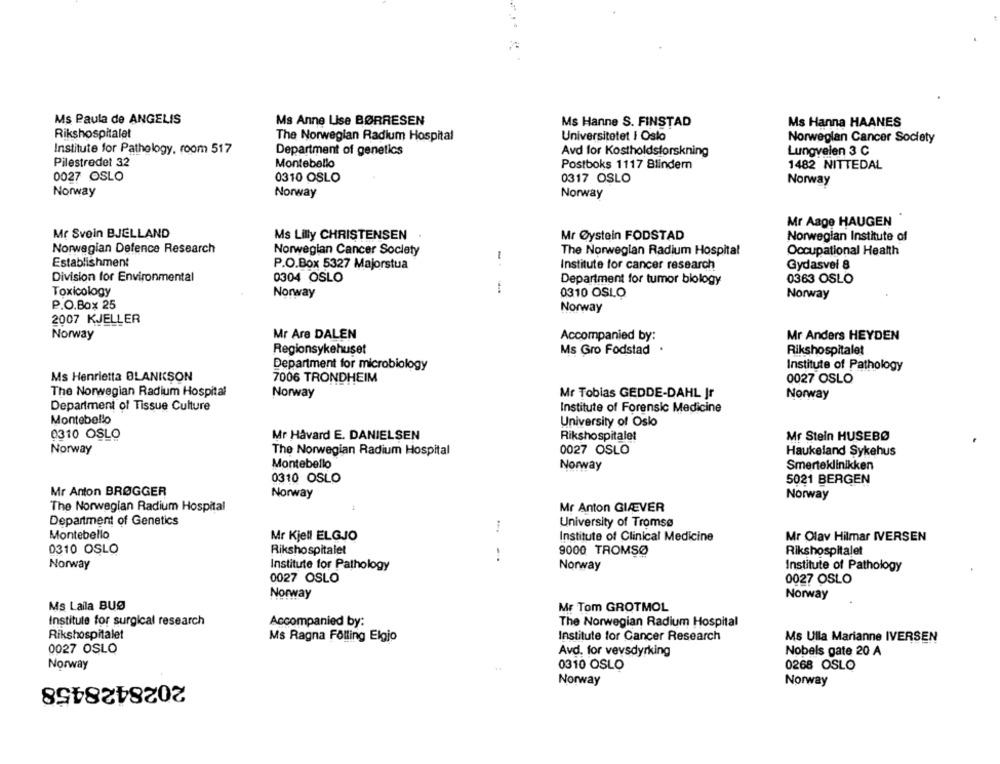
Ms Paula de ANGELIS
Ms Anne Lise BØRRESEN
Ms Hanne S. FINSTAD
Ms Hanna HAANES
Rikshospitalet
The Norwegian Radium Hospital
Universitetet I Oslo
Norwegian Cancer Society
Institute for Pathology, room 517
Department of genetics
Avd for Kostholdsforskning
Lungvelen 3 C
Pilestredet 32
Montebello
Postboks 1117 Blinder
1482 NITTEDAL
0027 OSLO
0310 OSLO
0317 OSLO
Norway
Norway
Norway
Norway
Mr Aage HAUGEN
Mc Svein BJELLAND
Ms Lilly CHRISTENSEN
Mr Øystein FODSTAD
Norwegian Institute of
Norwegian Defence Research
Norwegian Cancer Society
The Norwegian Radium Hospital
Occupational Health
1
Establishmen
P.O.Box 5327 Majorstua
Institute for cancer research
Gydasvel 8
Division for Environmental
0304 OSLO
Department for tumor biology
0363 OSLO
Toxicology
Norway
0310 OSLO
Norway
P.O.Box 25
Norway
2007 KJELLER
Norway
Mr Are DALEN
Mr Anders HEYDEN
Accompanied by:
Regionsykehuset
Ms Gro Fodstad
Rikshospitalet
Department for microbiology
Institute of Pathology
Ms Henrietta BLANKSON
7006 TRONDHEIM
0027 OSLO
The Norwegian Radium Hospital
Norway
Mr Tobias GEDDE-DAHL Jr
Norway
Department of Tissue Culture
Institute of Forensic Medicine
Montebello
University of Oslo
0310 OSLO
Mr Håvard E. DANIELSEN
Rikshospitalet
Mr Stein HUSEBØ
Norway
The Norwegian Radium Hospital
0027 OSLO
Haukeland Sykehus
Montebello
Smerteklinikken
Norway
0310 OSLO
5021 BERGEN
Mr Anton BRØGGER
Norway
Norway
The Norwegian Radium Hospital
Mr Anton GIÆVER
Department of Genetics
University of Tromsø
Montebello
Mr Kjell ELGJO
Institute of Clinical Medicine
Mr Olav Hilmar IVERSEN
Rikshospitalet
9000 TROMSØ
0310 OSLO
Rikshospitalet
Norway
Institute for Pathology
Norway
Institute of Pathology
0027 OSLO
0027 OSLO
Norway
Norway
Ms Laila BUØ
Mr Tom GROTMOL
Institute for surgical research
Accompanied by:
The Norwegian Radium Hospital
Rikshospitalet
Ms Ragna Folling Elgio
Institute for Cancer Research
Ms Ulla Marianne IVERSEN
0027 OSLO
Avd. for vevsdyrking
Nobels gate 20 A
Norway
0310 OSLO
0268 OSLO
2028428458
Norway
Norway